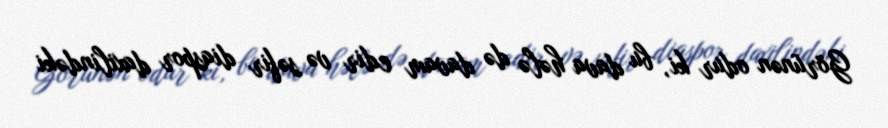
Görünən odur ki, bu dava hələ də davam edir və səfir diaspor daxilindəki